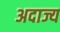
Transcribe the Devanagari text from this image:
अदाज्य